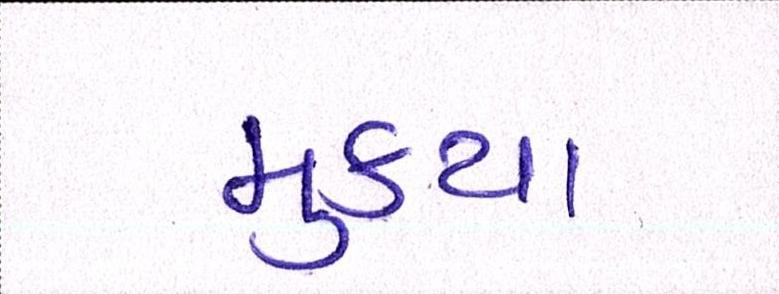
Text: મુક્યા